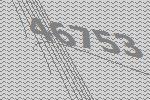
46753